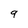
Character: 9